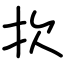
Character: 扻